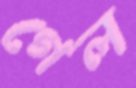
গেল